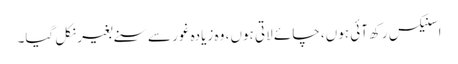
اسنیکس رکھ آئی ہوں، چائے لاتی ہوں، وہ زیادہ غور سے سنے بغیر نکل گیا۔